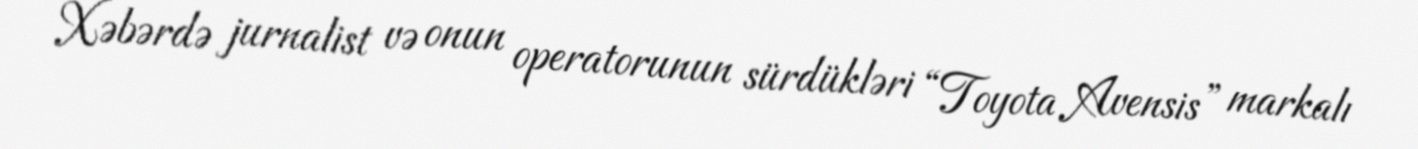
Xəbərdə jurnalist və onun operatorunun sürdükləri “Toyota Avensis” markalı